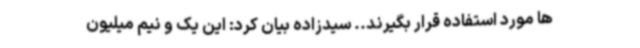
ها مورد استفاده قرار بگیرند.. سیدزاده بیان کرد: این یک و نیم میلیون